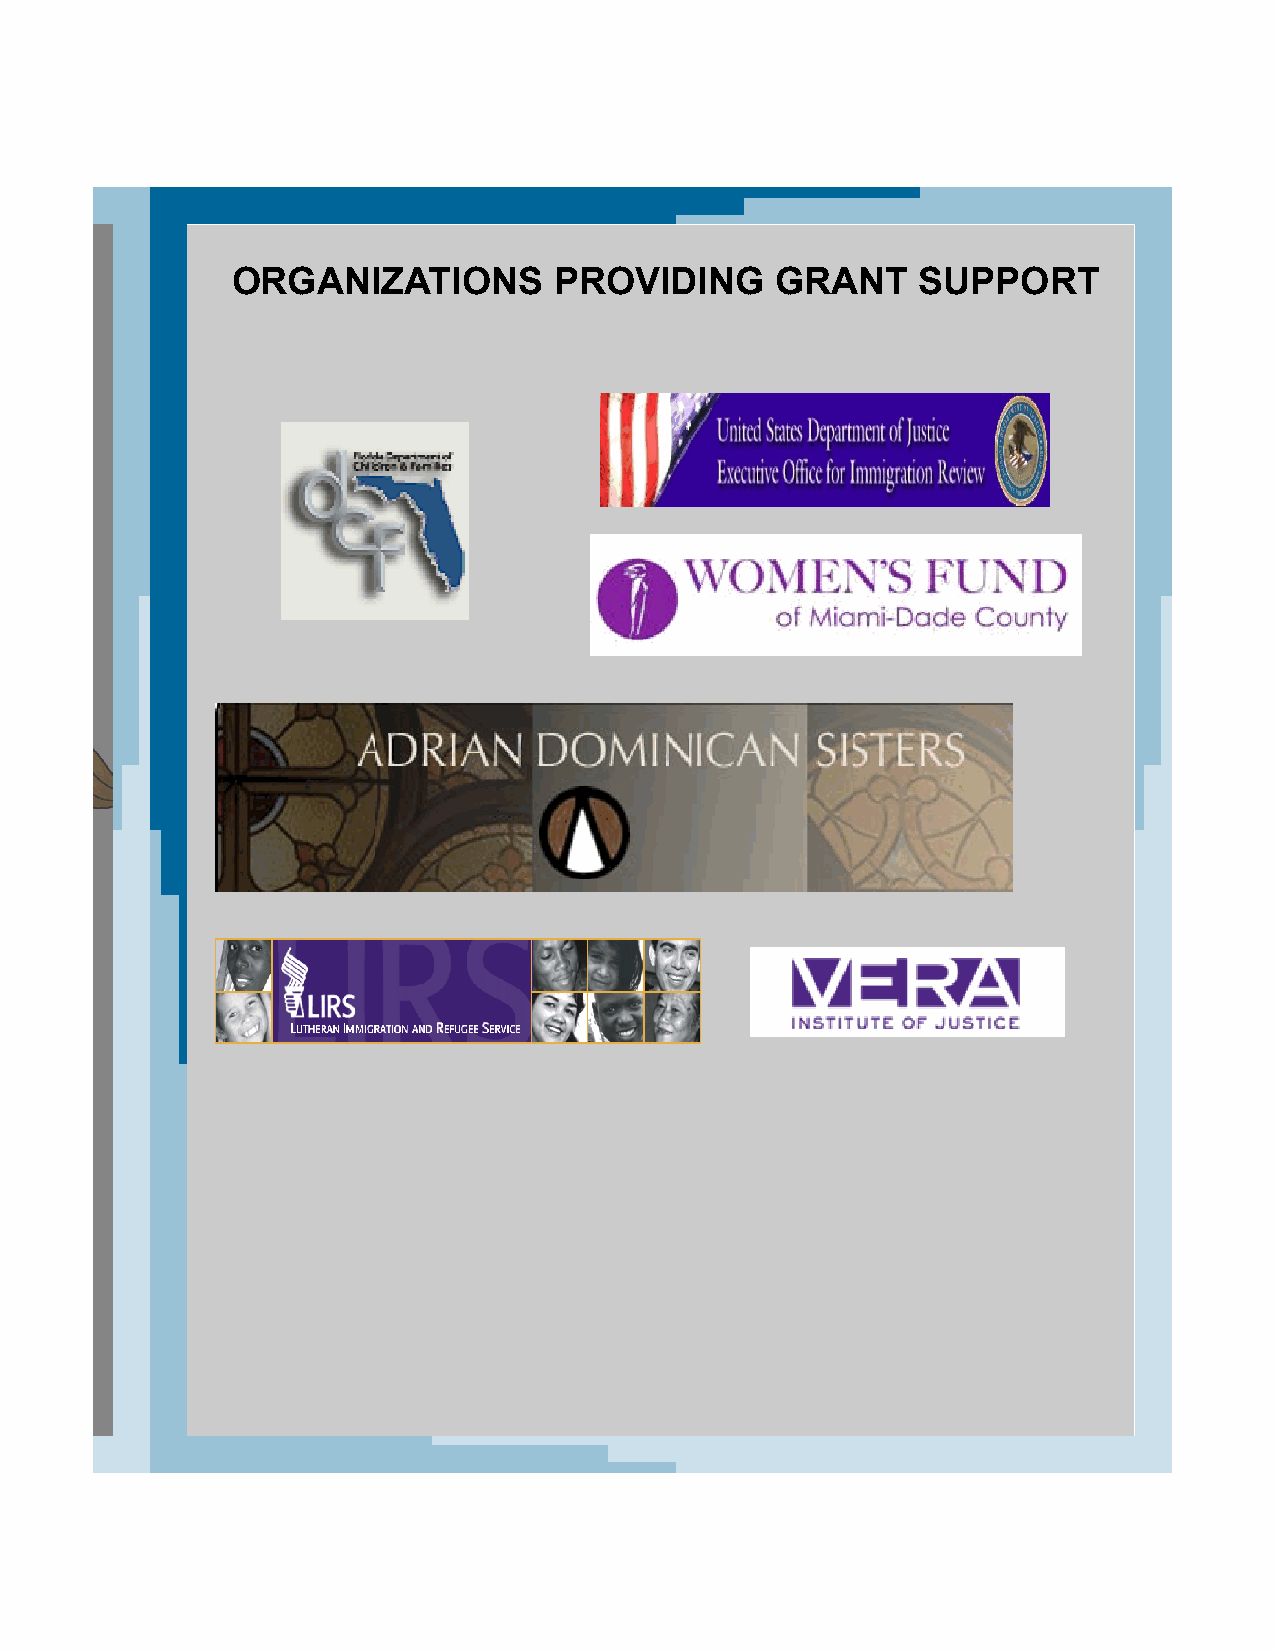
ORGANIZATIONS         PROVIDING     GRANT     SUPPORT
 MISSION